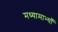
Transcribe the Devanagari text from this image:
मध्यामाभ्याँ